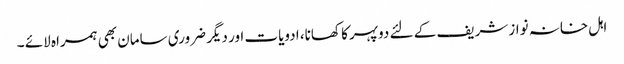
اہل خانہ نواز شریف کے لئے دوپہر کا کھانا، ادویات اور دیگر ضروری سامان بھی ہمراہ لائے ۔